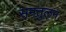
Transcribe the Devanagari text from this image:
समतुलन